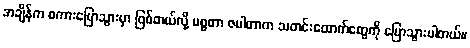
အချိန်က စကားပြောသွားမှာ ဖြစ်တယ်လို့ မစ္စတာ ဇပါတာက သတင်းထောက်တွေကို ပြောသွားပါတယ်။